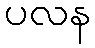
ပလန